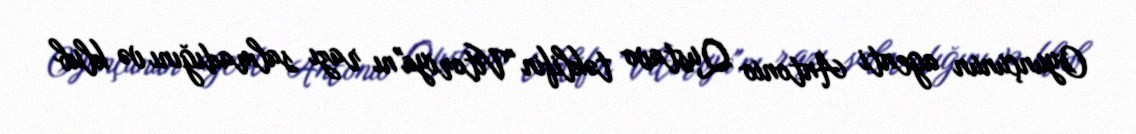
Oyunçunun agenti Antonio Qustavo təklifin "Vitoriya"nı razı salmadığını və klub